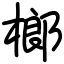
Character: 榔